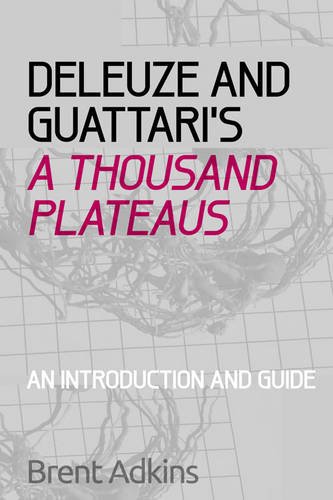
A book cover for Deleuze and Guattari's A Thousand Plateaus: A Critical Introduction and Guide; Brent Adkins; Politics & Social Sciences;